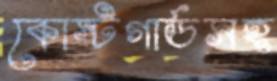
কোস্টগার্ডসহ